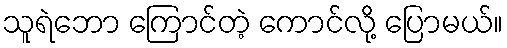
သူရဲဘော ကြောင်တဲ့ ကောင်လို့ ပြောမယ်။